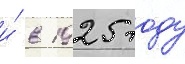
и́ в 1925 году